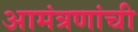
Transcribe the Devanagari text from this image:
आमंत्रणांची